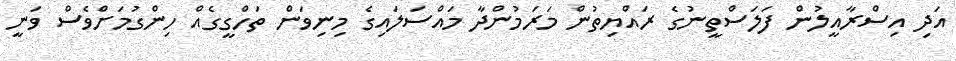
އަދި އިސްރާއީލުން ފަލަސްތީނުގެ ރައްޔިތުން މަރަމުންދާ މައްސަލައިގެ މިނިވަން ތަހްގީގެއް ހިންގުމަށްވެސް ވަނީ